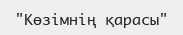
"Көзімнің қарасы"